Report on the working of the mental hospitals for Indians in Bihar and Orissa - 1925-1929
Year: 1925
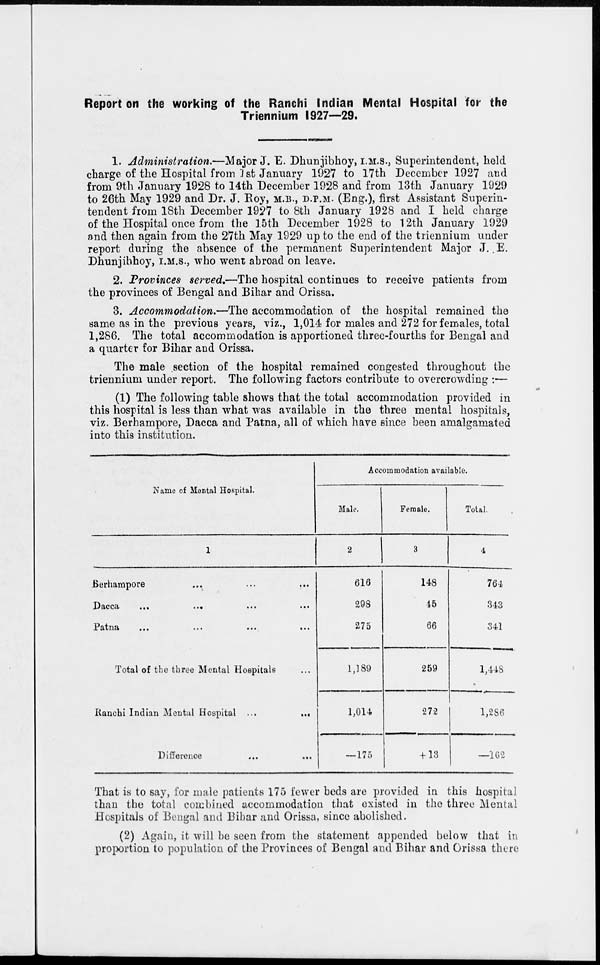
Report on the working of the Ranchi Indian Mental Hospital for the
Triennium 1927—29.
1. Administration.—Major J. E. Dhunjibhoy, I.M.S., Superintendent, held
charge of the Hospital from 1st January 1927 to 17th December 1927 and
from 9th January 1928 to 14th December 1928 and from 13th January 1929
to 26th May 1929 and Dr. J. Roy, M.B., D.P.M. (Eng.), first Assistant Superin-
tendent from 18th December 1927 to 8th January 1928 and I held charge
of the Hospital once from the 15th December 1928 to 12th January 1929
and then again from the 27th May 1929 up to the end of the triennium under
report during the absence of the permanent Superintendent Major J. E.
Dhunjibhoy, I.M.S., who went abroad on leave.
2. Provinces served.—The hospital continues to receive patients from
the provinces of Bengal and Bihar and Orissa.
3. Accommodation.—The accommodation of the hospital remained the
same as in the previous years, viz., 1,014 for males and 272 for females, total
1,286. The total accommodation is apportioned three-fourths for Bengal and
a quarter for Bihar and Orissa.
The male section of the hospital remained congested throughout the
triennium under report. The following factors contribute to overcrowding :—
(1) The following table shows that the total accommodation provided in
this hospital is less than what was available in the three mental hospitals,
viz. Berhampore, Dacca and Patna, all of which have since been amalgamated
into this institution.
Name of Mental Hospital.
1
Berhampore ... ... ...
Dacca
...
...
...
...
Patna
...
...
...
...
Total of the three Mental Hospitals ...
Ranchi Indian Mental Hospital ...
...
Difference
...
...
Accommodation available.
Male.
2
616
298
275
1,189
1,014
—175
Female.
3
148
45
66
259
272
+ 13
Total.
4
764
343
341
1,448
1,286
—162
That is to say, for male patients 175 fewer beds are provided in this hospital
than the total combined accommodation that existed in the three Mental
Hospitals of Bengal and Bibar and Orissa, since abolished.
(2) Again, it will be seen from the statement appended below that in
proportion to population of the Provinces of Bengal and Bihar and Orissa there